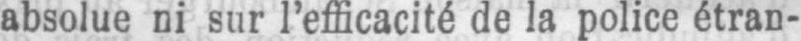
absolue ni sur l’efficacité de la police étran-